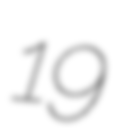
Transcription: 19